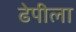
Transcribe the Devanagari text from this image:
ढेपीला